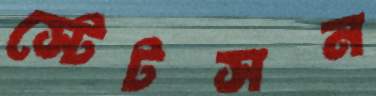
স্টেটসন